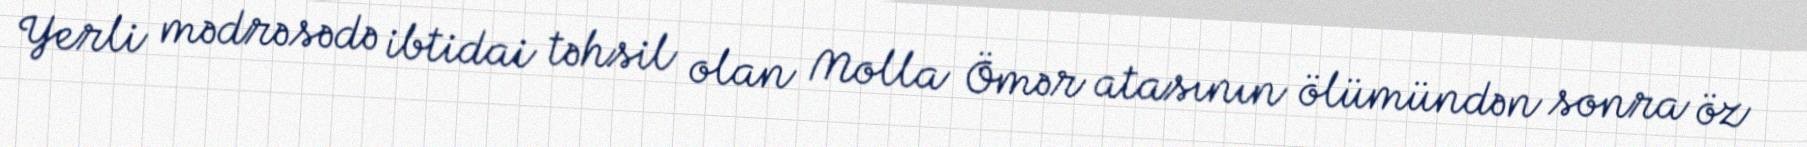
Yerli mədrəsədə ibtidai təhsil olan Molla Ömər atasının ölümündən sonra öz